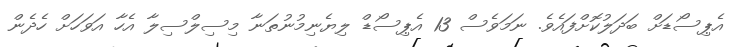
އެޕިސޯޑަށް ބަދަލުކޮށްފައެވެ. ނަމަވެސް 13 އެޕިސޯޑް ލިޔެނިމުނުތަނާ މިސިލްސިލާ އެހާ އަވަހަށް ހެދެން